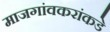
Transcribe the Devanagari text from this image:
माजगांवकरांकडे